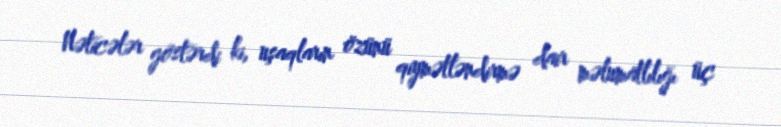
Nəticələr göstərdi ki, uşaqların özünü qiymətləndirmə dair məlumatlılığı üç